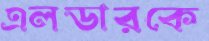
এলডারকে